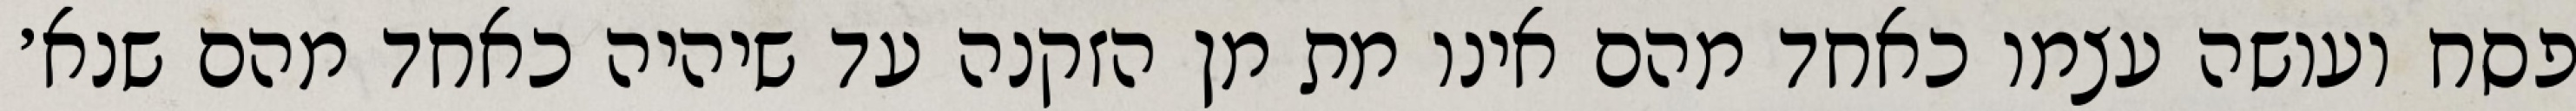
פסח ועושה עצמו כאחד מהם אינו מת מן הזקנה עד שיהיה כאחד מהם שנא׳